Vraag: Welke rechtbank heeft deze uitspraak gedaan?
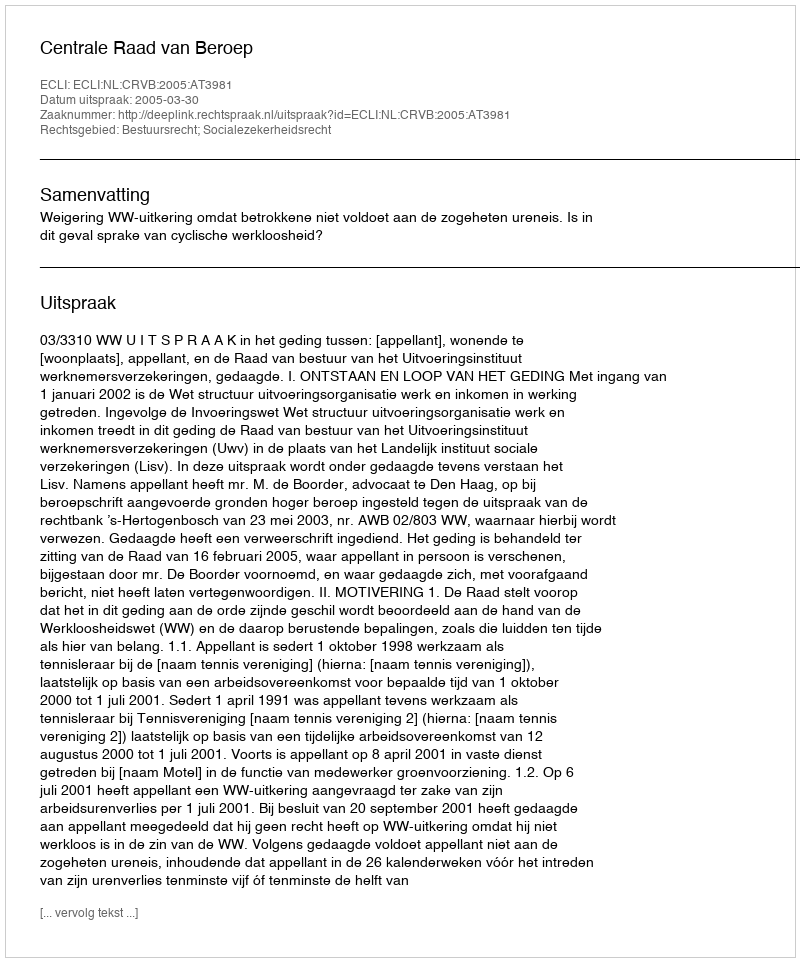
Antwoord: Centrale Raad van Beroep